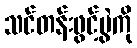
သင်တန်းဖွင့်ပွဲကို